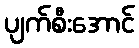
ပျက်စီးအောင်